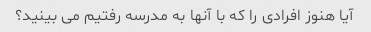
آیا هنوز افرادی را که با آنها به مدرسه رفتیم می بینید؟